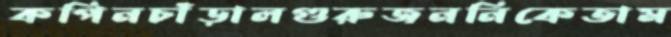
কপিনচাঁড়ালগুরুজননিকেতাম